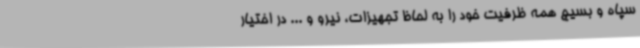
سپاه و بسیج همه ظرفیت خود را به لحاظ تجهیزات، نیرو و ... در اختیار